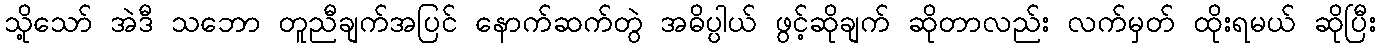
သို့သော် အဲဒီ သဘော တူညီချက်အပြင် နောက်ဆက်တွဲ အဓိပ္ပါယ် ဖွင့်ဆိုချက် ဆိုတာလည်း လက်မှတ် ထိုးရမယ် ဆိုပြီး